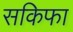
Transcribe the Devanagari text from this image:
सकिफा